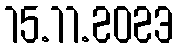
15.11.2023